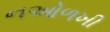
નઓળખી